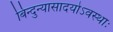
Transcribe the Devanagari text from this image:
बिन्दुन्यासादयोऽवस्थाः